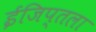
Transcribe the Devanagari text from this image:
ईजिप्तला